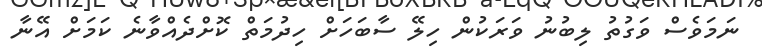
ނަމަވެސް ވަގުތު ލިބުނު ވަރަކުން ހިލޭ ސާބަހަށް ހިދުމަތް ކޮށްދެއްވާނެ ކަމަށް އޭނާ